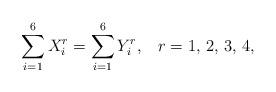
LaTeX: \begin{align*}\sum_{i=1}^6X_i^r=\sum_{i=1}^6Y_i^r,\;\;\;r=1,\,2,\,3,\,4,\end{align*}